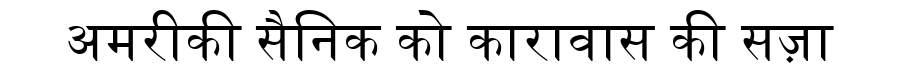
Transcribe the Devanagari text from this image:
अमरीकी सैनिक को कारावास की सज़ा